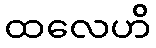
ထလေဟိ